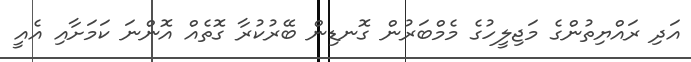
އަދި ރައްޔިތުންގެ މަޖިލީހުގެ މެމްބަރުން ގޮނޑިން ބޭރުކުރާ ގޮތެއް އޮންނަ ކަމަށާއި އެއީ